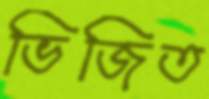
ভিজিত